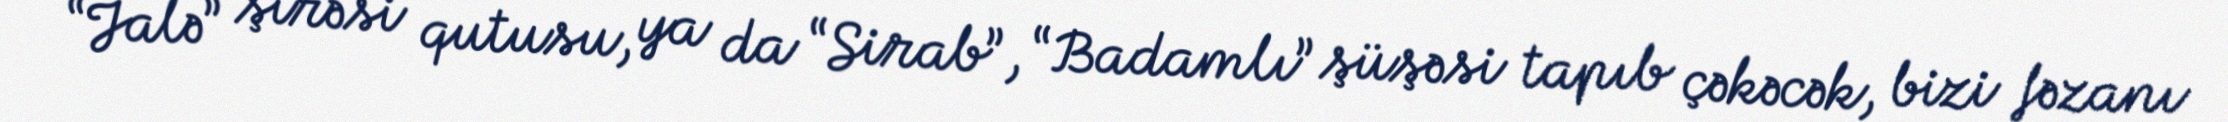
“Jalə” şirəsi qutusu, ya da “Sirab”, “Badamlı” şüşəsi tapıb çəkəcək, bizi fəzanı